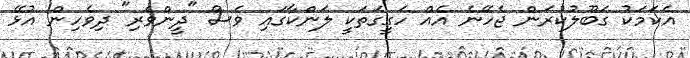
އެކަމަކު ގަބޫލުކުރަން ޖެހޭނެ އެއް ހަގީގަތަކީ ލަންކާގައި ވެސް "ދީންވެރި" ދިވެހިން އުޅޭ